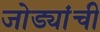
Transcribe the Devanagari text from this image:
जोड्यांची